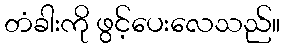
တံခါးကို ဖွင့်ပေးလေသည်။